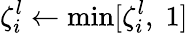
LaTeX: \zeta_{i}^{l}\gets\operatorname*{min}[\zeta_{i}^{l},\; 1]